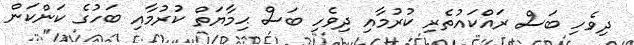
ދިވެހި ބަސް ރައްކައުތެރި ކުރުމާއި ދިވެހި ބަސް ޙިމާޔަތް ކުރުމާއި ބަހުގެ ކަންކަން